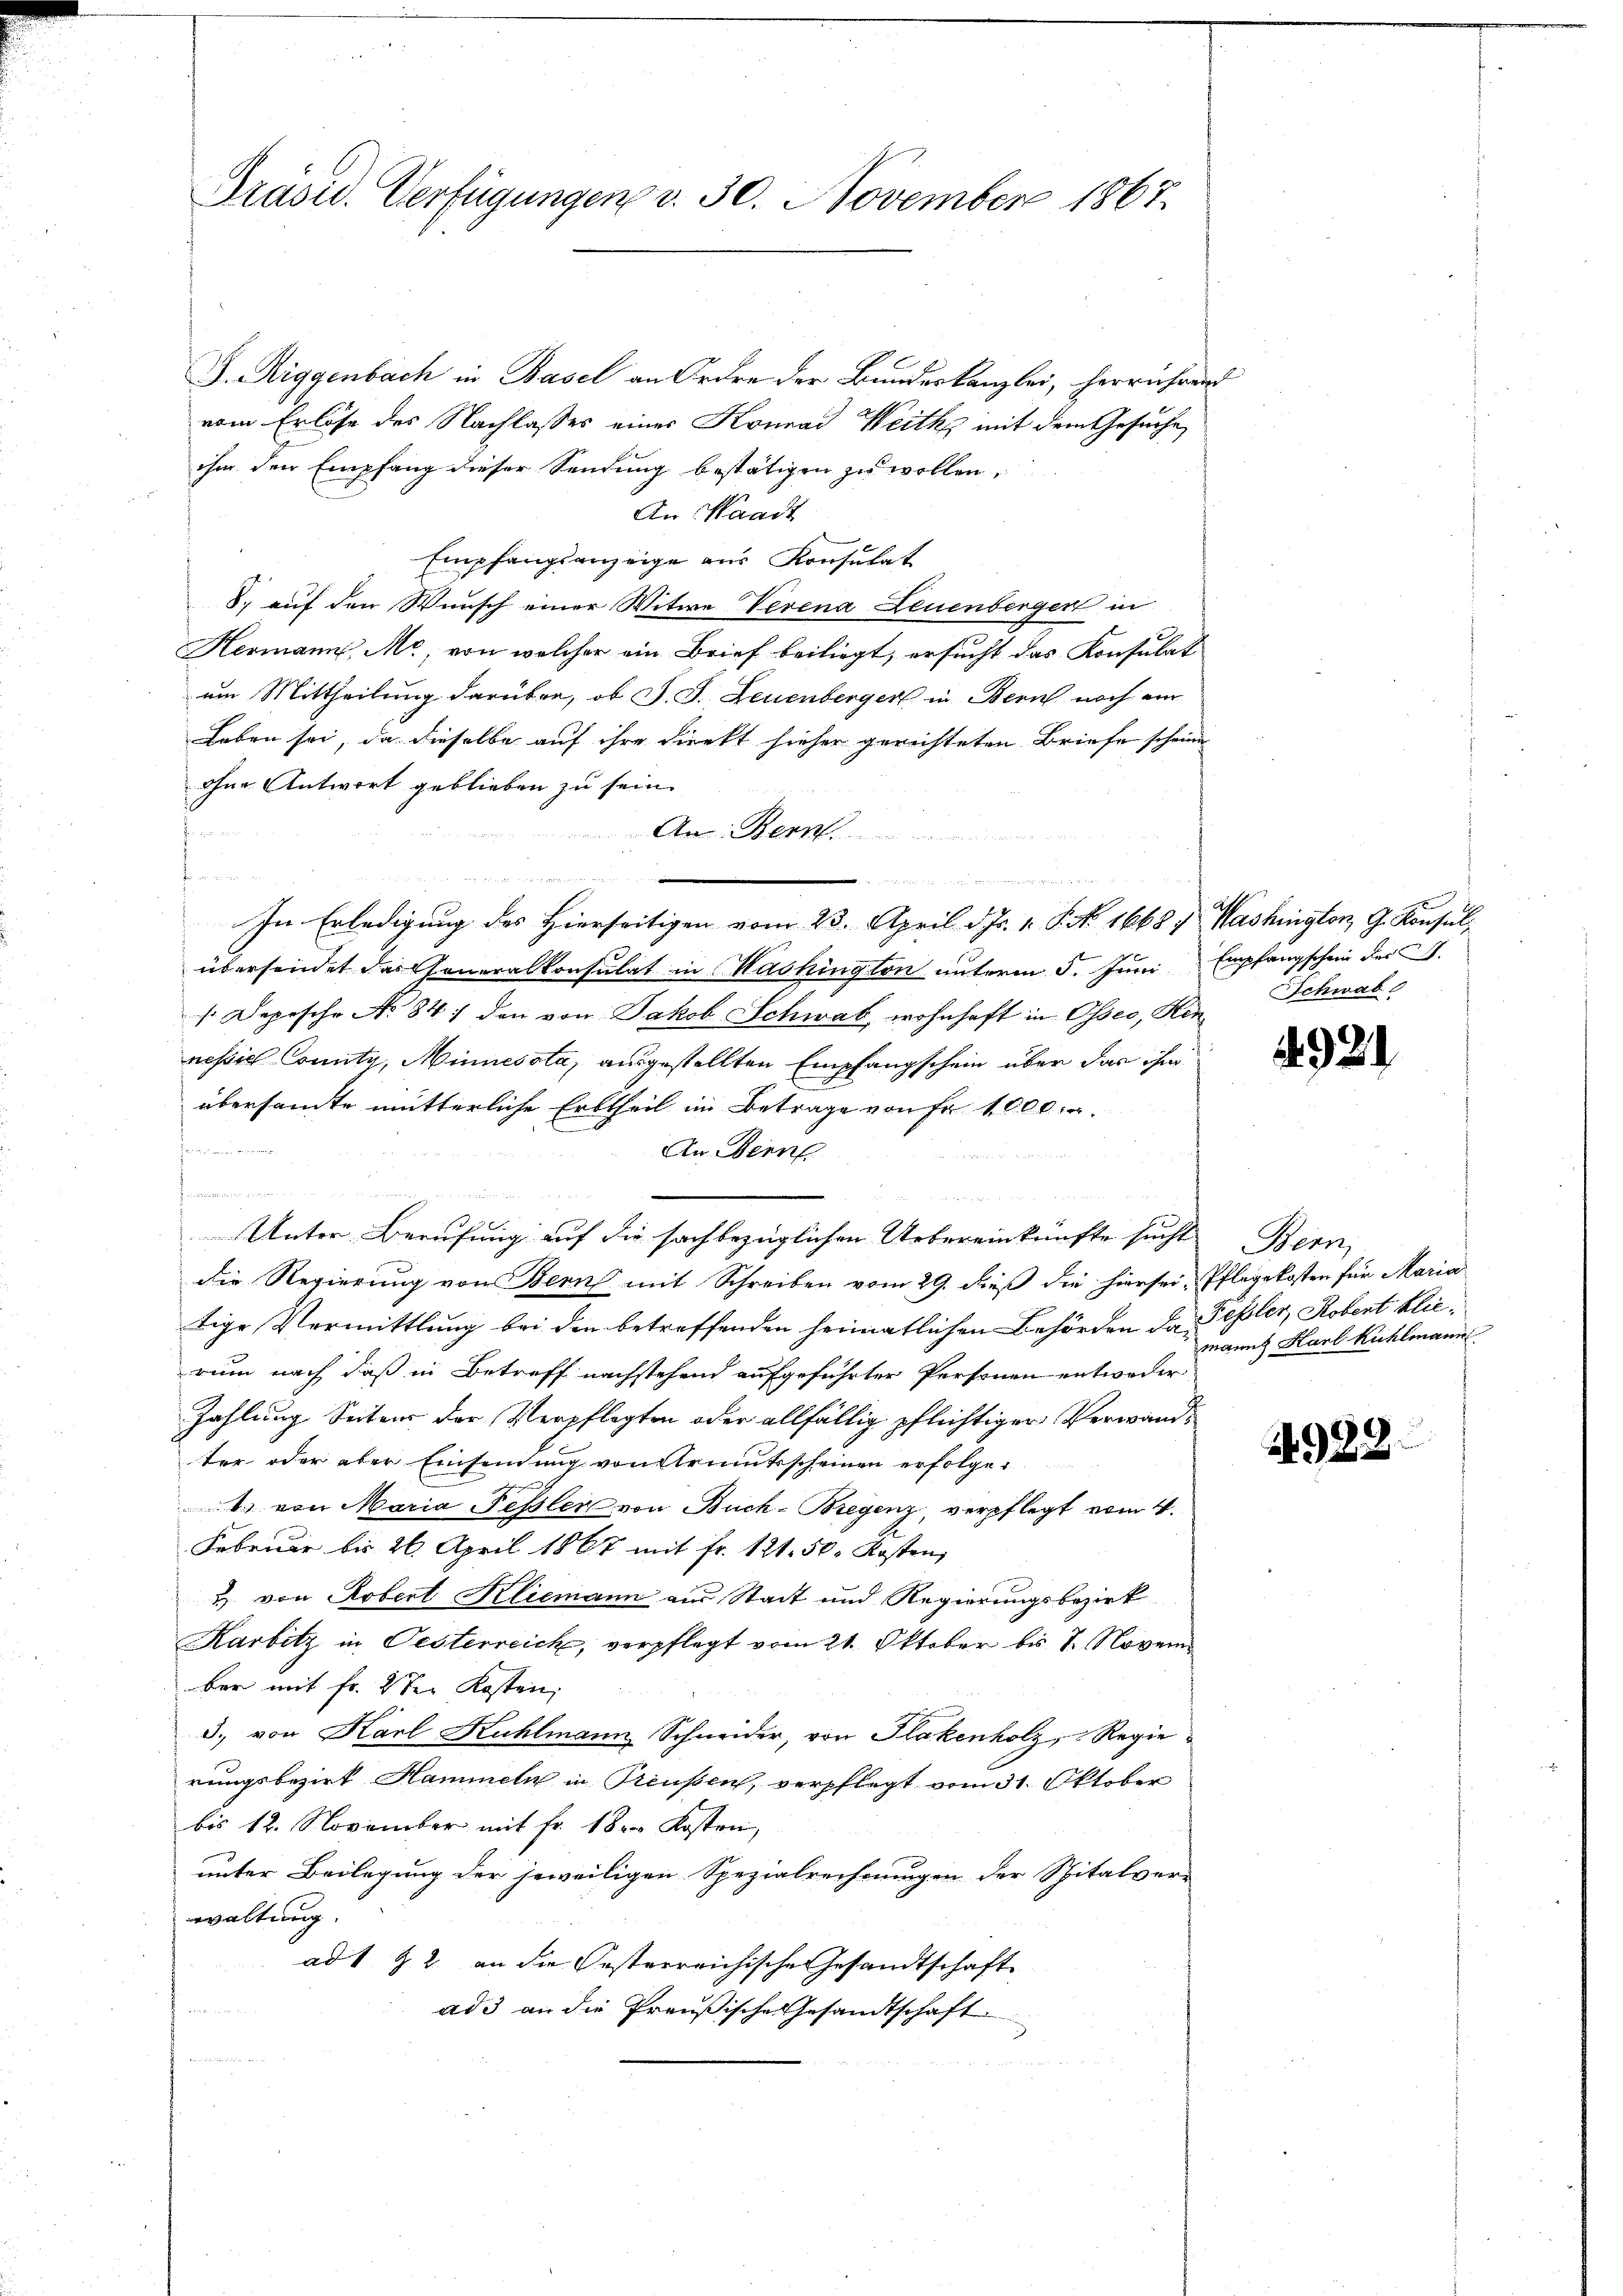
Präsid. Verfügungen v. 30. November 1867.

J. Riggenbach in Basel an Ordre der Bundeskanzlei, herrührend
vom Erlöse des Nachlasses eines Konrad Weitkg mit dem Gesuche,
ihm den Empfang dieser Sendung bestätigen zu wollen,
An Waadt
Empfangsanzeige aus Konsulat
8. auf den Wunsch einer Witwe Verena Leuenberger in
Hermann, Mo, von welcher ein Brief beiliegt, ersucht das Konsulat
um Mittheilung darüber, ob J. J. Leuenberger in Bern noch ein
Leben sei, da dieselbe auf ihre direkt hieher gerichteten Briefe scheine
ohne Antwort geblieben zu sein.
s
An Bern
In Erledigung des Hierseitigen vom 23. April d. Js. v. P. No. 1668, Washington, G. Konsulübersendet das Generalkonsulat in Washington unterm 5. Juni Empfangschein der S.
1. Depesche No 84) den von Jakob Schwab, wohnhaft in Osses, Hen-Schwabe
nessig County, Minnessta, ausgestellten Empfangschein über das ihm
übersamte mütterliche Erbtheil im Betrage von Fr. 1000. r.
ditione
An Bern
2
Gelde des der
u
e
die Regierung von Bern mit Schreiben vom 29. dieß die hiersei, Pflegekosten für Maria
tige Vermittlung bei den betreffenden heimatlichen Behörden da Peßler, Robert blierum nach daß in Betreff nachstehend aufgeführter Personen entweder
Zahlung Seitens der Verpflegten oder allfällig pflichtiger Verwandter oder aber Einsendung von Armutsscheinen erfolge¬
4 von Maria Fessler von Buch-Bregenz, verpflegt vom 4.
Februar bis 26. April 1867 mit fr. 121. 50. Kosten,
u. von Robert Kliemann aus Stadt und Regierungsbezirk
Karbitz in Oesterreich, verpflegt vom 21. Oktober bis 7. Novem
ber mit fr. 2 ten Kosten,
3. von Karl Kühlmann Schneider, von Plakenholz, Regierungsbezirk Hammeln in Preussen, verpflegt vom 31. Oktober
bis 12. November mit Fr. 18 Kosten,
unter Beilegung der jeweiligen Spezialrechnungen der Spitalverr
waltung.
ad 1 & 2 an die Posterreichische Gesandtschaft |
ad 3 an die Preußische Gesandtschaft

Unter Berufung auf die sachbezüglichen Uebereinkünfte sucht Bern,

. 921

manns Harl Kühlmann

24988.